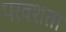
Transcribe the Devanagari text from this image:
परवशता